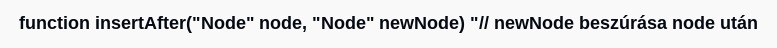
function insertAfter("Node" node, "Node" newNode) "// newNode beszúrása node után